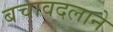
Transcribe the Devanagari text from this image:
बचावदलाने